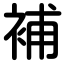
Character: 補